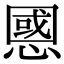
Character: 𢠝